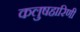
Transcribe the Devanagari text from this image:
कलुषहारिणी